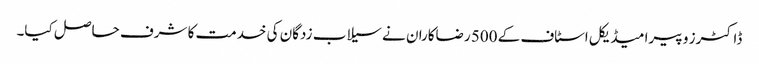
ڈاکٹرز و پیرا میڈیکل اسٹاف کے 500 رضاکاران نے سیلاب زدگان کی خدمت کا شرف حاصل کیا۔